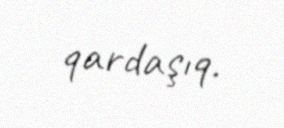
qardaşıq.